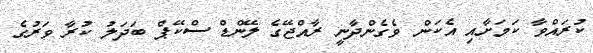
ކުރައްވާ ކަމަށާއި އެކަން ވެެގެންދާނީ ރާއްޖޭގެ ލޭންޑް ސްކޭޕް ބަދަލު ކުރާ ވަރުގެ